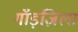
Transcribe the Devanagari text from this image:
गॉड़ज़िला